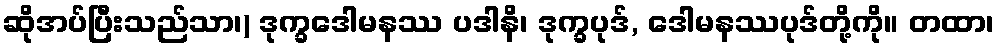
ဆိုအပ်ပြီးသည်သာ၊) ဒုက္ခဒေါမနဿ ပဒါနိ၊ ဒုက္ခပုဒ်, ဒေါမနဿပုဒ်တို့ကို။ တထာ၊